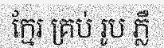
ក្មែរ គ្រប់ រូប ភ្លឺ